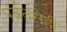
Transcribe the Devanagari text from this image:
पर्वतरोही